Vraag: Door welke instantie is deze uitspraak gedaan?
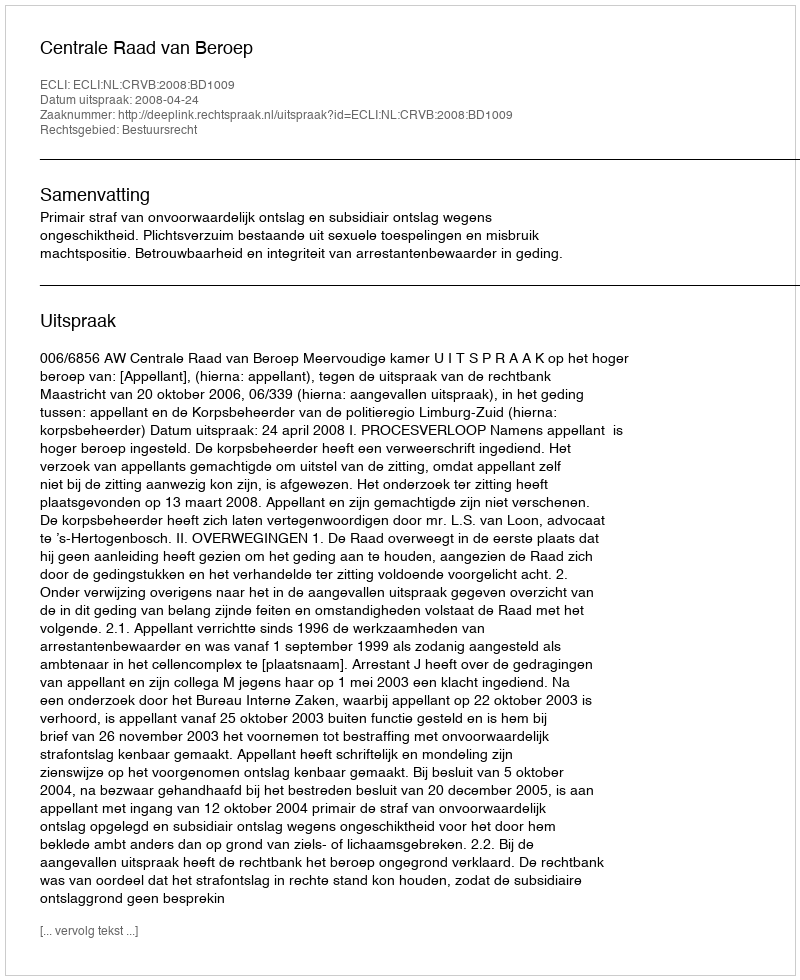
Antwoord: Centrale Raad van Beroep